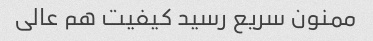
ممنون سریع رسید کیفیت هم عالی